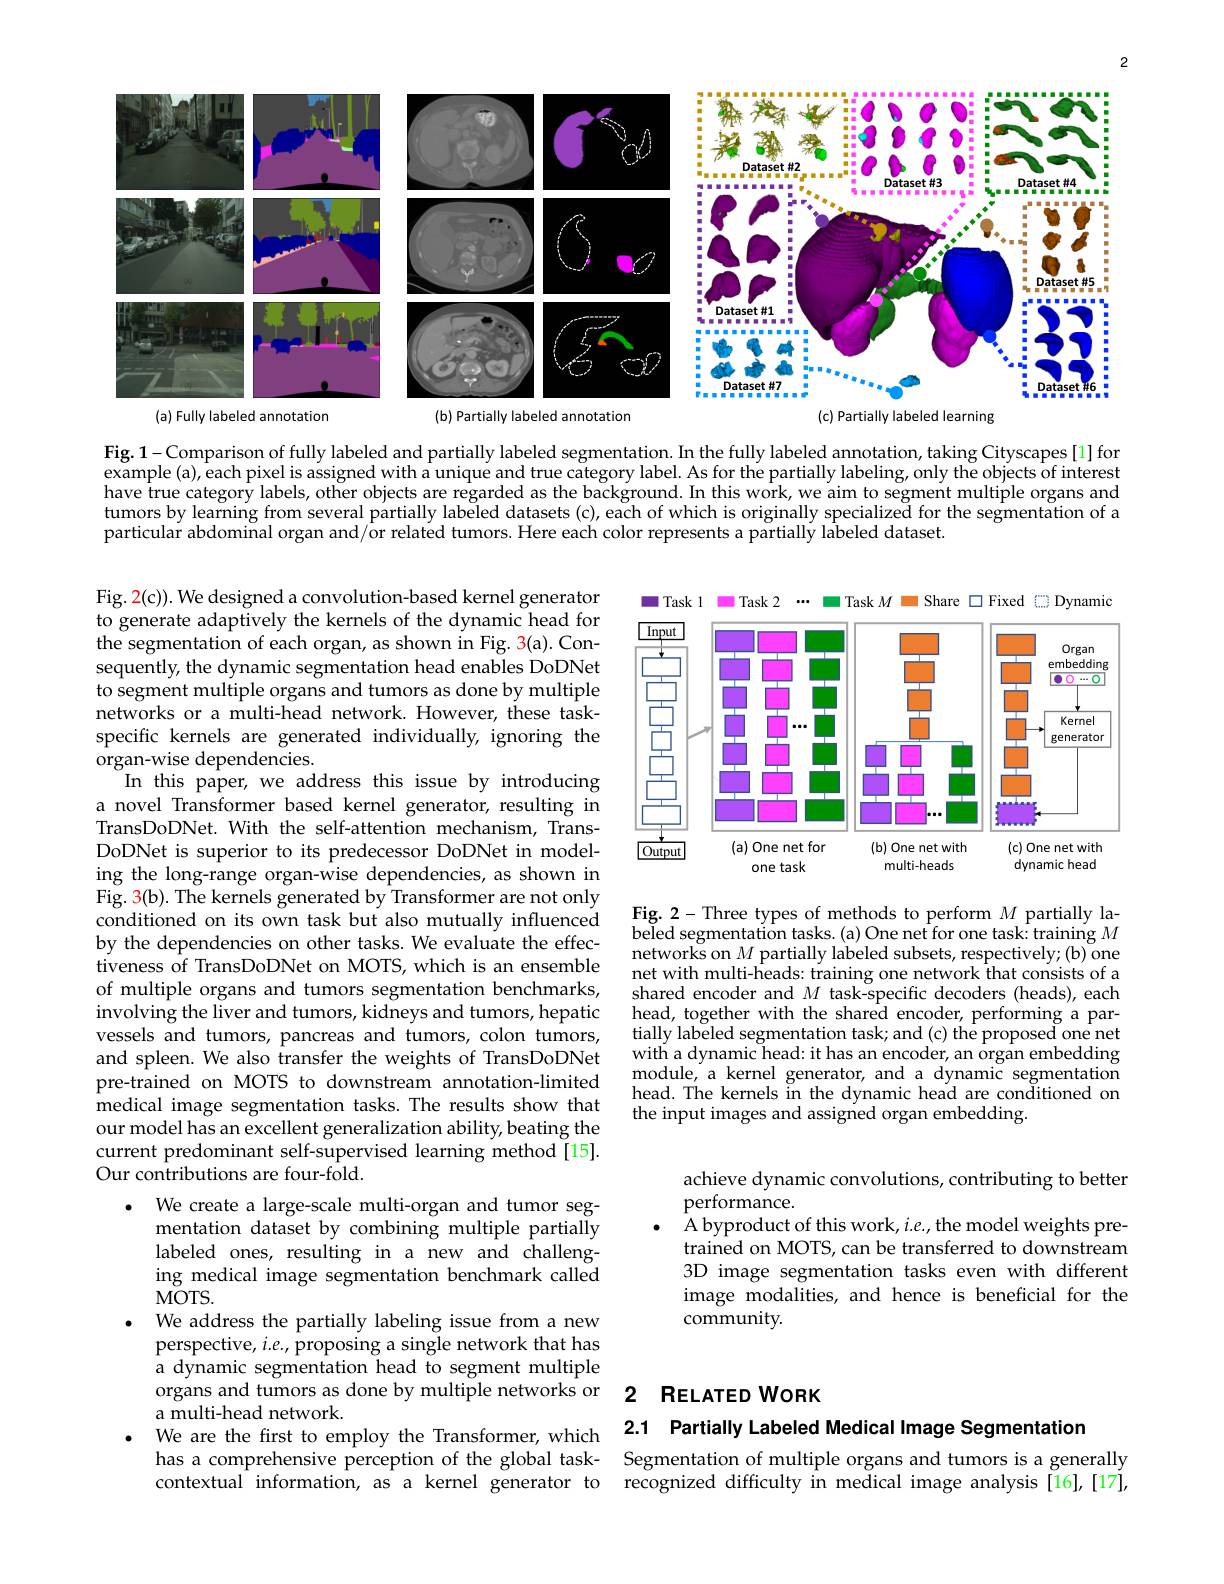
2

<FigureHere>

(c) Partially labeled learning
(a) Fully labeled annotation
(b) Partially labeled annotation

Fig. 1-Comparison of fully labeled and partially labeled segmentation. In the fully labeled annotation, taking Cityscapes [1] for example(a), each pixel is assigned with a unique and true category label. As for the partially labeling, only the objects of interest have true category labels, other objects are regarded as the background. In this work, we aim to segment multiple organs and tumors by learning from several partially labeled datasets (c), each of which is originally specialized for the segmentation of a particular abdominal organ and/or related tumors. Here each color represents a partially labeled dataset.

$\blacksquare$ Task 1 m Task 2 ...
m Task $M$ M Share $\square$ Fixed CDynamid
<FigureHere>

Fig. 2- Three types of methods to perform $M$ partially labeled segmentation tasks. (a) One net for one task: training $M$ networks on $M$ partially labeled subsets, respectively; (b) one net with multi-heads: training one network that consists of a shared encoder and $M$ task-specific decoders (heads), each head, together with the shared encoder, performing a partially labeled segmentation task; and (c) the proposed one net with a dynamic head: it has an encoder, an organ embedding module, a kernel generator, and a dynamic segmentation head. The kernels in the dynamic head are conditioned on the input images and assigned organ embedding.

Fig. 2(c)). We designed a convolution-based kernel generator to generate adaptively the kernels of the dynamic head for the segmentation of each organ, as shown in Fig. 3(a). Consequently, the dynamic segmentation head enables DoDNet to segment multiple organs and tumors as done by multiple networks or a multi-head network. However, these taskspecific kernels are generated individually, ignoring the organ- wise dependencies.
In this paper, we address this issue by introducing a novel Transformer based kernel generator, resulting in TransDoDNet. With the self-attention mechanism, TransDoDNet is superior to its predecessor DoDNet in modeling the long-range organ-wise dependencies, as shown in Fig. 3(b). The kernels generated by Transformer are not only conditioned on its own task but also mutually influenced by the dependencies on other tasks. We evaluate the effectiveness of TransDoDNet on MOTS,which is an ensemble of multiple organs and tumors segmentation benchmarks, involving the liver and tumors, kidneys and tumors, hepatic vessels and tumors, pancreas and tumors, colon tumors, and spleen. We also transfer the weights of TransDoDNet pre-trained on MOTS to downstream annotation-limited medical image segmentation tasks. The results show that our model has an excellent generalization ability, beating the current predominant self-supervised learning method [15]. Our contributions are four-fold.
$\bullet$ We create a large-scale multi-organ and tumor seg-
mentation dataset by combining multiple partially labeled ones, resulting in a new and challenging medical image segmentation benchmark called $MOTS.$
We address the partially labeling issue from a new perspective, $i.e.$, proposing a single network that has a dynamic segmentation head to segment multiple organs and tumors as done by multiple networks or 2 ReLATED WORK
a multi-head network.
a Inulu-Iead IletWOIK. We are the first to employ the Transformer, which 2.1 Partially Labeled Medical Image Segmentation
has a comprehensive perception of the global task- Segmentation of multiple organs and tumors is a generally
contextual information, as a kernel generator to

achieve dynamic convolutions, contributing to better
performance.
 A byproduct of this work, i. e. , the model weights pre- trained on MOTS, can be transferred to downstream 3D image segmentation tasks even with different image modalities, and hence is beneficial for the community.

recognized difficulty in medical image analysis[16],[17],